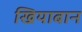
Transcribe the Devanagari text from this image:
खियाबान